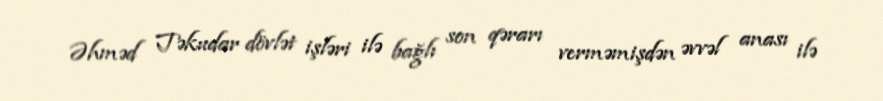
Əhməd Təkudar dövlət işləri ilə bağlı son qərarı verməmişdən əvvəl anası ilə